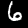
Label: 6